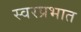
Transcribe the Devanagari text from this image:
स्वरप्रभात